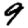
Digit: 9